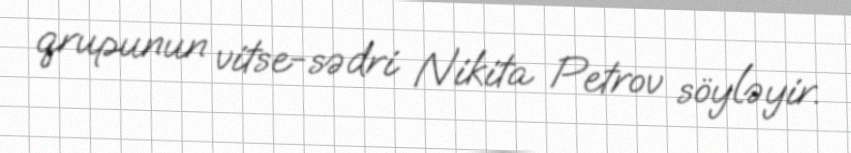
qrupunun vitse-sədri Nikita Petrov söyləyir.